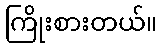
ကြိုးစားတယ်။